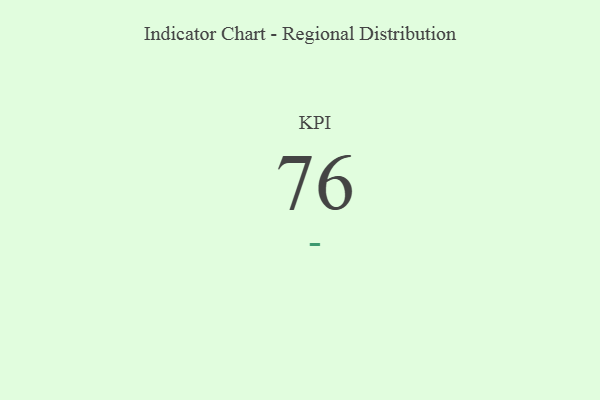
{"axis": {"x": "KPI", "y": "Value"}, "legend": [""], "data": [{"x": "KPI", "y": 76, "type": ""}]}